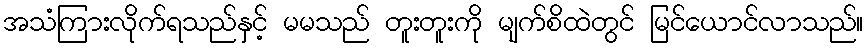
အသံကြားလိုက်ရသည်နှင့် မမသည် တူးတူးကို မျက်စိထဲတွင် မြင်ယောင်လာသည်။